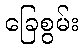
ခြေစွမ်း